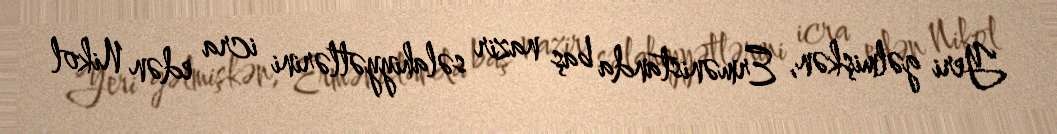
Yeri gəlmişkən, Ermənistanda baş nazir səlahiyyətlərini icra edən Nikol